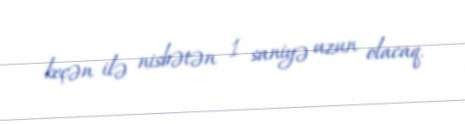
keçən ilə nisbətən 1 saniyə uzun olacaq.